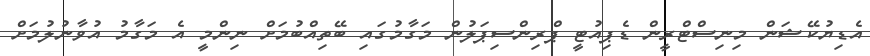
އެޑިޔުކޭޝަން މިނިސްޓްރީން ޑެޕިއުޓީ ޕްރިންސިޕަލުން މަގާމުގައި ބޭތިއްބުމަށް ނިންމީ އެ މަގާމު އުވާނުލުމަށް